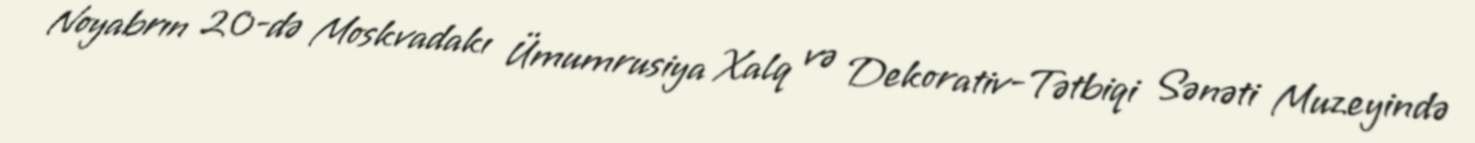
Noyabrın 20-də Moskvadakı Ümumrusiya Xalq və Dekorativ-Tətbiqi Sənəti Muzeyində